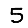
Digit: 5